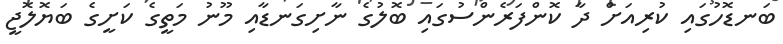
ބަނޑޮހުގައި ކުރިއަށް ދާ ކޮންފަރެންސުގައި ބޮލުގެ ނާށިގަނޑާއި މޫނު މަތީގެ ކަށީގެ ބަޔޮލޮޖީ